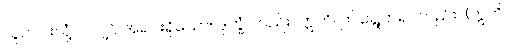
သူတပါးလုံ့လလျှင် အရင်းရှိသော။ ဒုက္ခံ၊ တည်း။ ဣတိ၊ ဤရွေ့တရပ်တည်း။ (ဣတိ